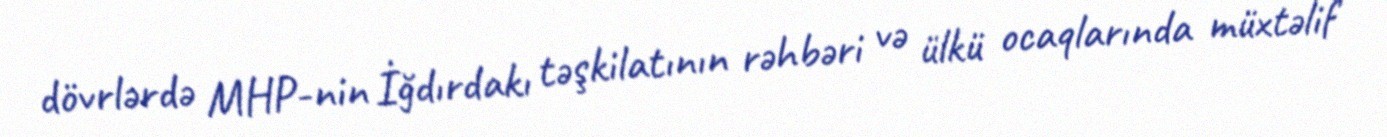
dövrlərdə MHP-nin İğdırdakı təşkilatının rəhbəri və ülkü ocaqlarında müxtəlif